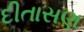
દીતાસણ